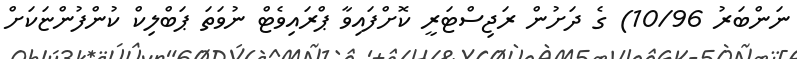
ނަންބަރު 10/96) ގެ ދަށުން ރަޖިސްޓަރީ ކޮށްފައިވާ ޕްރައިވެޓް ނުވަތަ ޕަބްލިކް ކުންފުންޏަކަށް